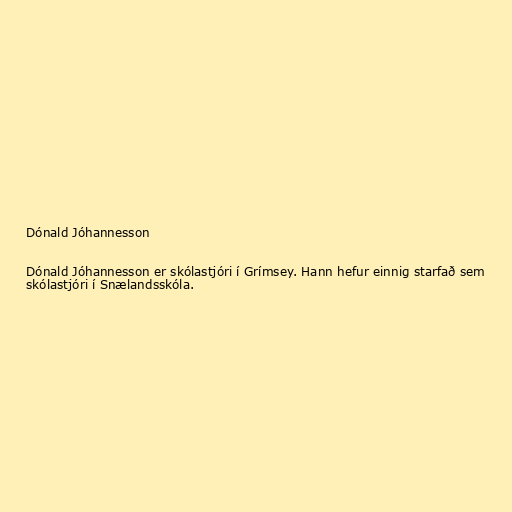
Dónald Jóhannesson

Dónald Jóhannesson er skólastjóri í Grímsey. Hann hefur einnig starfað sem
skólastjóri í Snælandsskóla.